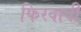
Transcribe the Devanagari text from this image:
फिरवावी